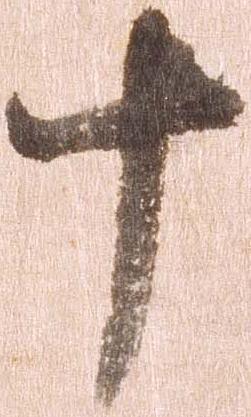
十